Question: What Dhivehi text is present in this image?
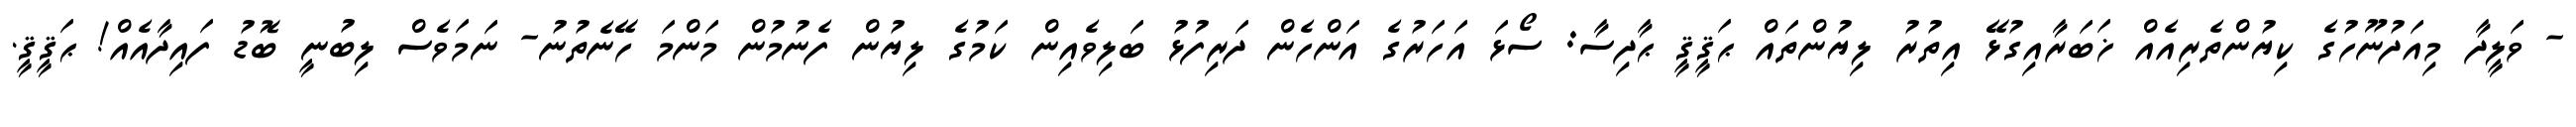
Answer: - ވަލީދާ މިއަދުނޫހުގެ ކިޔުންތެރިއެއް ޚަބަރާއިގުޅޭ އިތުރު ލިޔުންތައް ޙަޤީޤީ ޙާދިސާ: ސޯޅަ އަހަރުގެ އަންހެން ދަރިފުޅު ބަލިވެއިން ކަމުގެ ލިޔުން ފެނުމުން މަންމަ ހޭނެތުނު- ނަމަވެސް ލިބުނީ ބޮޑު ފައިދާއެއް! ޙަޤީޤީ.